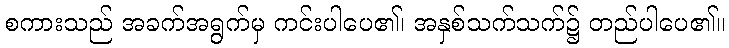
စကားသည် အခက်အရွက်မှ ကင်းပါပေ၏၊ အနှစ်သက်သက်၌ တည်ပါပေ၏။